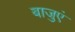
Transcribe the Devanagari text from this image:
बाजुएं